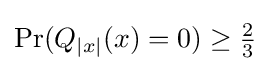
\mathrm {Pr} (Q_{|x|}(x)=0)\geq {\tfrac {2}{3}}